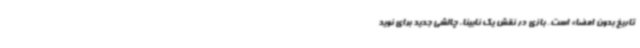
تاریخ بدون امضا» است. بازی در نقش یک نابینا، چالشی جدید برای نوید